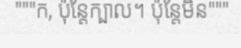
"""ក, ប៉ុន្តែក្បាល។ ប៉ុន្តែមិន"""